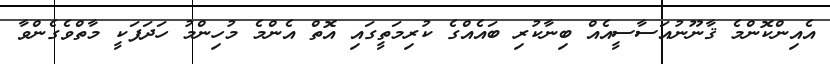
އެއިންކޮންމެ ޤާނޫނުއަސާސީއެއް ބިނާކުރި ބައެއްގެ ކުރިމަތީގައި އޮތް އެންމެ މުހިންމު ހަދަފަކީ މާތްވެގެންވާ